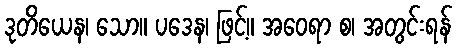
ဒုတိယေန၊ သော။ ပဒေန၊ ဖြင့်။ အဝေရာ စ၊ အတွင်းရန်